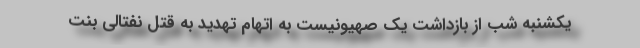
یکشنبه شب از بازداشت یک صهیونیست به اتهام تهدید به قتل نفتالی بنت